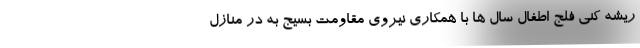
ریشه کنی فلج اطفال سال ها با همکاری نیروی مقاومت بسیج به در منازل